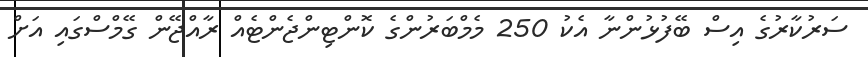
ސަރުކާރުގެ އިސް ބޭފުޅުންނާ އެކު 250 މެމްބަރުންގެ ކޮންޓިންޖެންޓެއް ރާއްޖޭން ގޭމްސްގައި އަށް